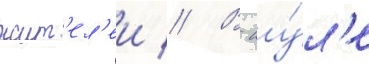
жит'ел'еи // В иу́л'е